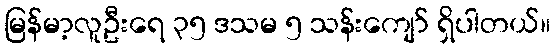
မြန်မာ့လူဦးရေ ၃၅ ဒသမ ၅ သန်းကျော် ရှိပါတယ်။